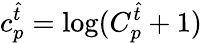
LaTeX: c_{p}^{\hat{t}}=\log(C_{p}^{\hat{t}}+1)